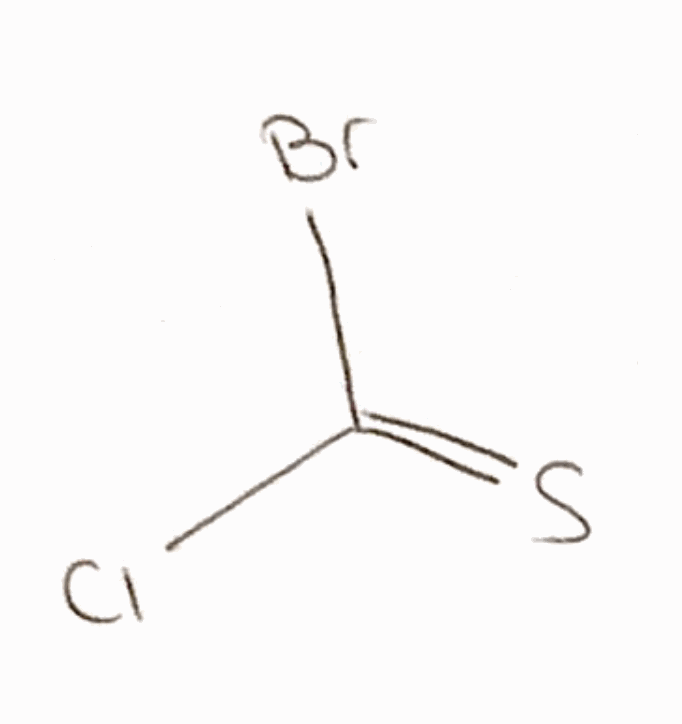
Simplified molecular-input line-entry system (SMILES) notation of the given molecule:
C(=S)(Cl)Br